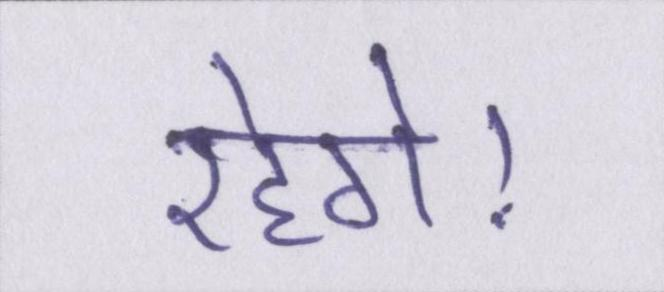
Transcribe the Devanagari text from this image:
रहेगे।